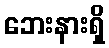
ဘေးနားရှိ